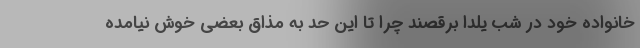
خانواده خود در شب یلدا برقصند چرا تا این حد به مذاق بعضی خوش نیامده